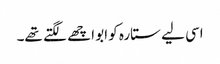
اسی لیے ستارہ کو ابو اچھے لگتے تھے۔